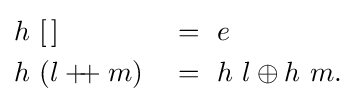
{\begin{aligned}&h\ [\,]&&=\ e\\&h\ (l+\!\!\!+\;m)&&=\ h\ l\oplus h\ m.\end{aligned}}